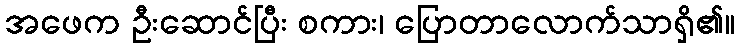
အဖေက ဦးဆောင်ပြီး စကား၊ ပြောတာလောက်သာရှိ၏။